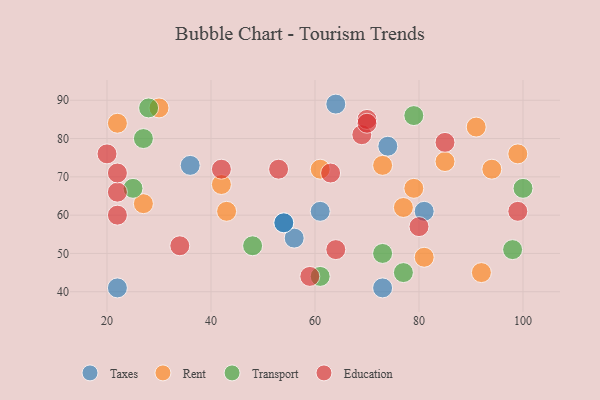
{"axis": {"x": "GDP", "y": "Life Expectancy"}, "legend": ["Education", "Rent", "Taxes", "Transport"], "data": [{"x": "56", "y": 54, "type": "Taxes"}, {"x": "36", "y": 73, "type": "Taxes"}, {"x": "64", "y": 89, "type": "Taxes"}, {"x": "61", "y": 61, "type": "Taxes"}, {"x": "81", "y": 61, "type": "Taxes"}, {"x": "54", "y": 58, "type": "Taxes"}, {"x": "74", "y": 78, "type": "Taxes"}, {"x": "54", "y": 58, "type": "Taxes"}, {"x": "73", "y": 41, "type": "Taxes"}, {"x": "22", "y": 41, "type": "Taxes"}, {"x": "77", "y": 62, "type": "Rent"}, {"x": "61", "y": 72, "type": "Rent"}, {"x": "27", "y": 63, "type": "Rent"}, {"x": "92", "y": 45, "type": "Rent"}, {"x": "42", "y": 68, "type": "Rent"}, {"x": "85", "y": 74, "type": "Rent"}, {"x": "22", "y": 84, "type": "Rent"}, {"x": "73", "y": 73, "type": "Rent"}, {"x": "30", "y": 88, "type": "Rent"}, {"x": "91", "y": 83, "type": "Rent"}, {"x": "43", "y": 61, "type": "Rent"}, {"x": "94", "y": 72, "type": "Rent"}, {"x": "79", "y": 67, "type": "Rent"}, {"x": "99", "y": 76, "type": "Rent"}, {"x": "81", "y": 49, "type": "Rent"}, {"x": "61", "y": 44, "type": "Transport"}, {"x": "79", "y": 86, "type": "Transport"}, {"x": "77", "y": 45, "type": "Transport"}, {"x": "25", "y": 67, "type": "Transport"}, {"x": "48", "y": 52, "type": "Transport"}, {"x": "98", "y": 51, "type": "Transport"}, {"x": "73", "y": 50, "type": "Transport"}, {"x": "100", "y": 67, "type": "Transport"}, {"x": "28", "y": 88, "type": "Transport"}, {"x": "27", "y": 80, "type": "Transport"}, {"x": "22", "y": 66, "type": "Education"}, {"x": "64", "y": 51, "type": "Education"}, {"x": "22", "y": 71, "type": "Education"}, {"x": "85", "y": 79, "type": "Education"}, {"x": "80", "y": 57, "type": "Education"}, {"x": "22", "y": 60, "type": "Education"}, {"x": "99", "y": 61, "type": "Education"}, {"x": "69", "y": 81, "type": "Education"}, {"x": "70", "y": 85, "type": "Education"}, {"x": "53", "y": 72, "type": "Education"}, {"x": "34", "y": 52, "type": "Education"}, {"x": "59", "y": 44, "type": "Education"}, {"x": "42", "y": 72, "type": "Education"}, {"x": "20", "y": 76, "type": "Education"}, {"x": "70", "y": 84, "type": "Education"}, {"x": "63", "y": 71, "type": "Education"}]}